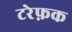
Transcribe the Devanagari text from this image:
टरेफ़क